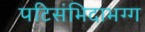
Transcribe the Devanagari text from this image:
पटिसंभिदाभग्ग